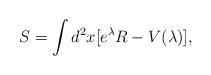
LaTeX: \begin{align*}S = \int d^2x [ e^\lambda R - V(\lambda)],\end{align*}